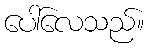
ပေါ်လေသည်။